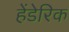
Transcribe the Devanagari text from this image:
हेंडेरिक